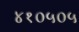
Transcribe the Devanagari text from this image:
४१०५०५